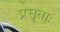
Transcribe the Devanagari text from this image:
प्रसृताः